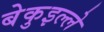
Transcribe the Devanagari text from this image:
बेकुइल्ले